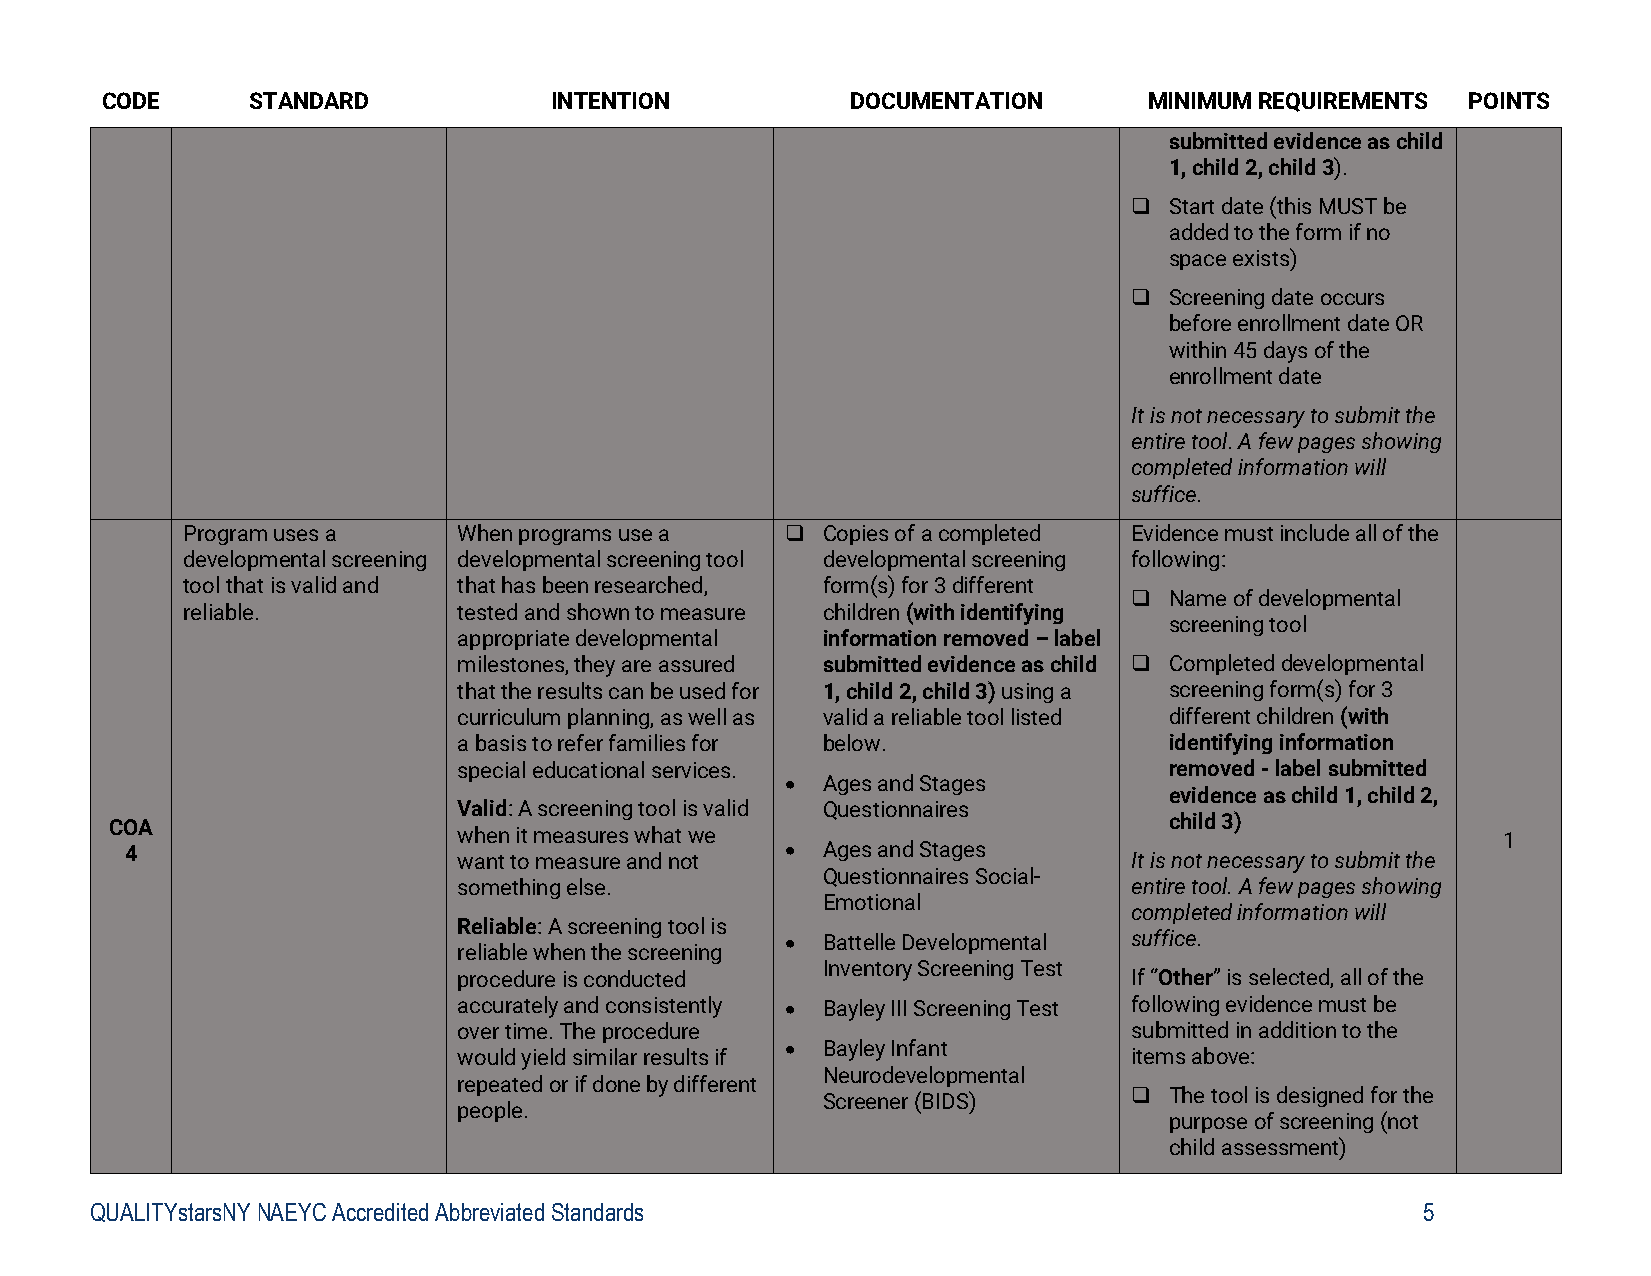
CODE     STANDARD            INTENTION           DOCUMENTATION       MINIMUM REQUIREMENTS POINTS
 submitted evidence as child
 1, child 2, child 3).
  Start date (this MUST be
 added to the form if no
 space exists)
  Screening date occurs
 before enrollment date OR
 within 45 days of the
 enrollment date
 It is not necessary to submit the
 entire tool. A few pages showing
 completed information will
 suffice.
 Program uses a    When programs use a    Copies of a completed Evidence must include all of the
 developmental screening developmental screening tool developmental screening following:
 tool that is valid and that has been researched, form(s) for 3 different
  Name of developmental
 reliable.         tested and shown to measure children (with identifying
 screening tool
 appropriate developmental information removed – label
 milestones, they are assured submitted evidence as child  Completed developmental
 that the results can be used for 1, child 2, child 3) using a screening form(s) for 3
 curriculum planning, as well as valid a reliable tool listed different children (with
 a basis to refer families for below.           identifying information
 special educational services.                  removed - label submitted
  Ages and Stages
 evidence as child 1, child 2,
 Valid: A screening tool is valid Questionnaires
 COA                                                                   child 3)
 when it measures what we                                             1
 4                     want to measure and not  Ages and Stages    It is not necessary to submit the
 Questionnaires Social-
 something else.                              entire tool. A few pages showing
 Emotional
 completed information will
 Reliable: A screening tool is
  Battelle Developmental suffice.
 reliable when the screening
 Inventory Screening Test
 procedure is conducted                       If “Other” is selected, all of the
 accurately and consistently  Bayley III Screening Test following evidence must be
 over time. The procedure                     submitted in addition to the
  Bayley Infant
 would yield similar results if               items above:
 Neurodevelopmental
 repeated or if done by different
 Screener (BIDS)       The tool is designed for the
 people.
 purpose of screening (not
 child assessment)
 QUALITYstarsNY NAEYC Accredited Abbreviated Standards                                   5